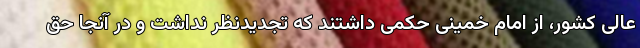
عالی کشور، از امام خمینی حکمی داشتند که تجدیدنظر نداشت و در آنجا حق